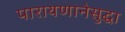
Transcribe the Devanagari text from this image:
पारायणानेसुद्धा